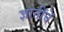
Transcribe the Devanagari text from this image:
ज्ञातींचें